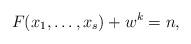
LaTeX: \begin{align*}F(x_1,\ldots ,x_s)+w^k=n,\end{align*}